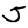
Digit: 5